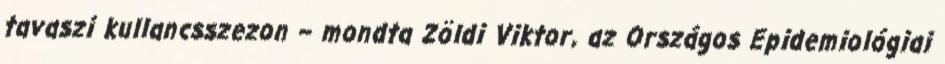
tavaszi kullancsszezon – mondta Zöldi Viktor, az Országos Epidemiológiai